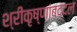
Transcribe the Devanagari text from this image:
श्रीकृष्णांबद्दल